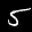
Label: 5